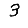
Digit: 3